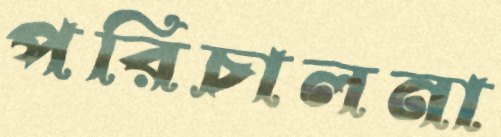
পরিচালনা